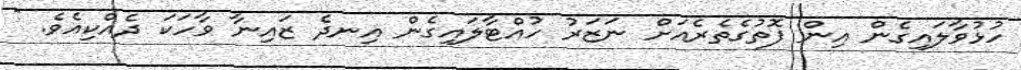
ހުޅުވާލައިގެން އިން ފޮތުގެތެރެއަށް ނަޒަރު ހުއްޓާލައިގެން އިނދެ ޒައިނާ ވާހަކަ ދެއްކިއެވެ. "